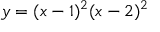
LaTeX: y = ( x - 1 ) ^ { 2 } ( x - 2 ) ^ { 2 }